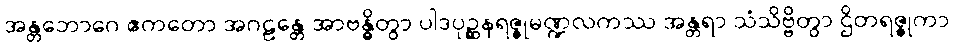
အန္တဘောဂေ ဧကတော အဂဠန္တေ အာဗန္ဓိတွာ ပါဒပုဉ္ဆနရဇ္ဇုမဏ္ဍလကဿ အန္တရာ သံသိဗ္ဗိတွာ ဌိတရဇ္ဇုကာ